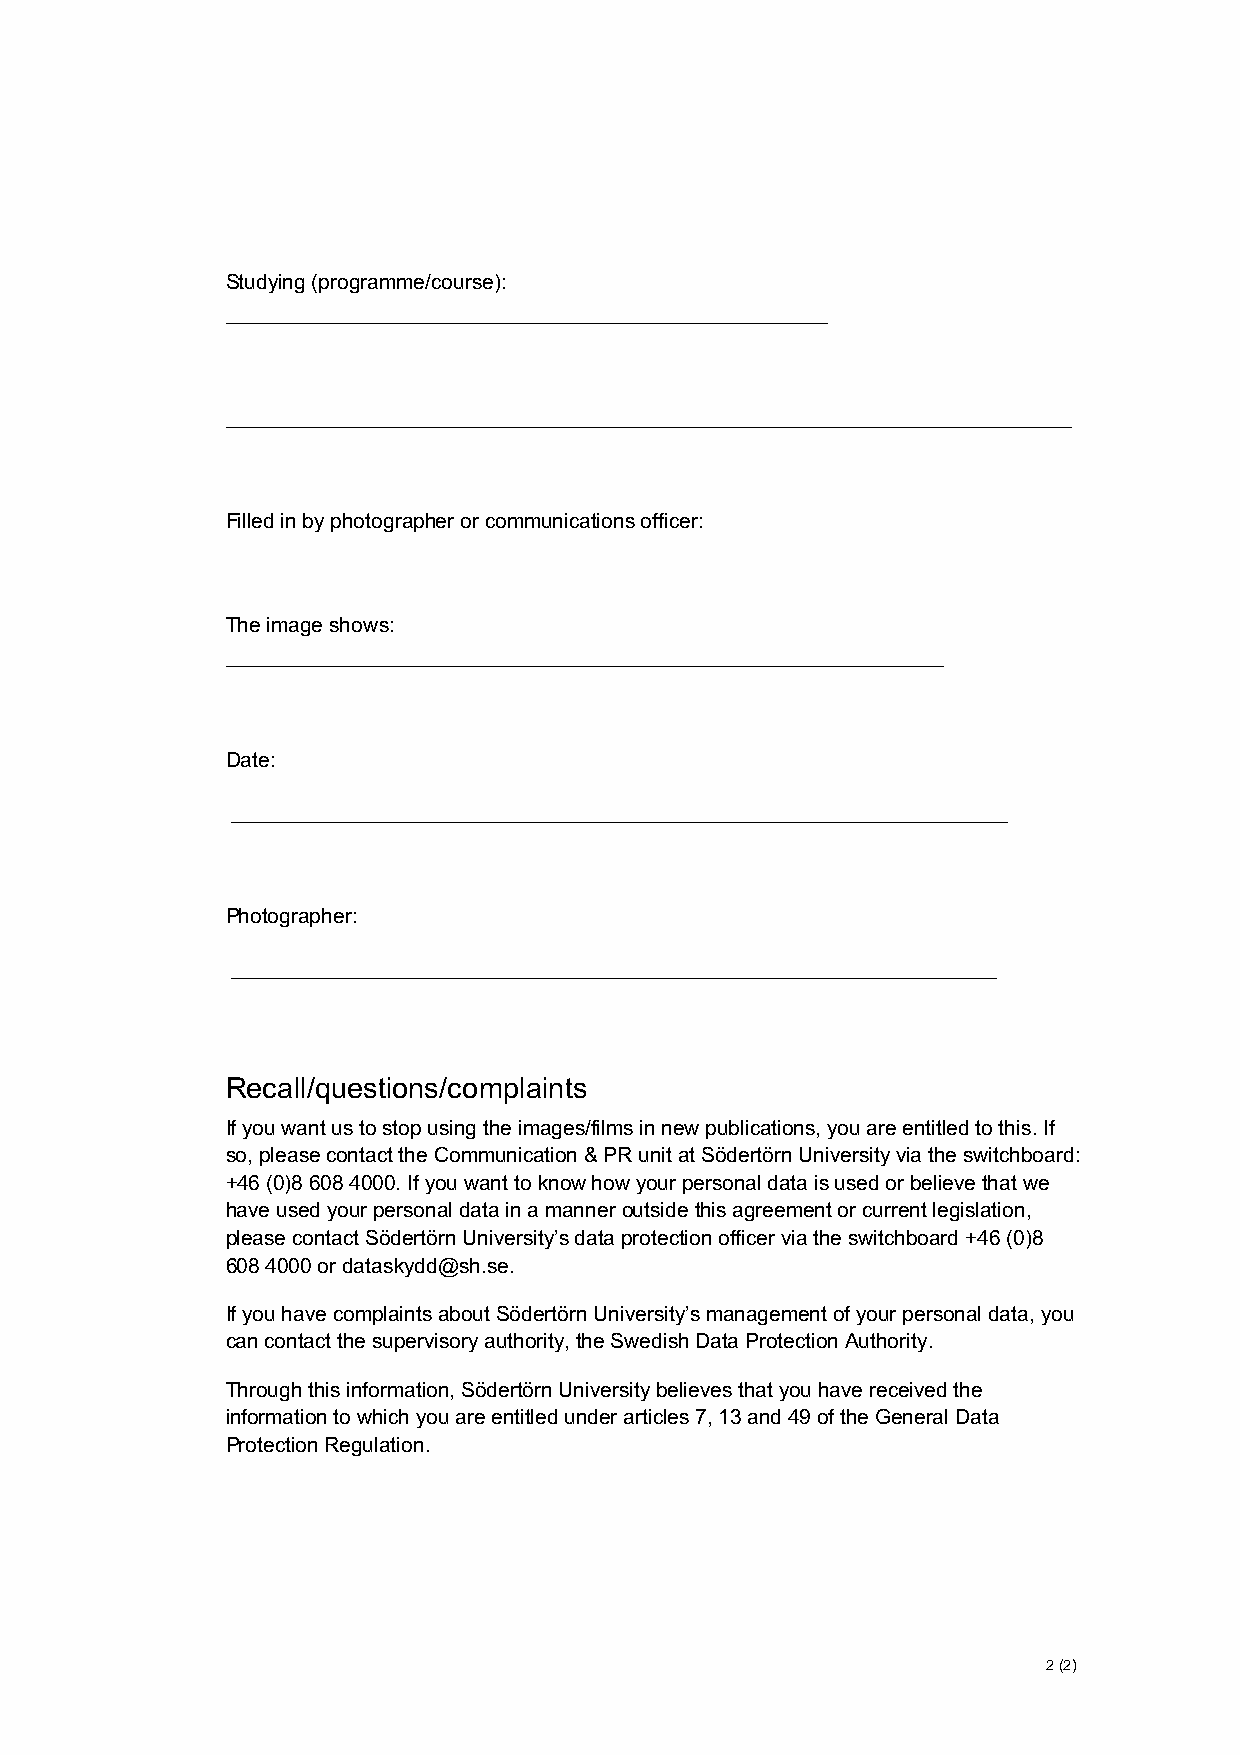
Studying (programme/course):
 ____________________________________________________
 _________________________________________________________________________
 Filled in by photographer or communications officer:
 The image shows:
 ______________________________________________________________
 Date:
 ___________________________________________________________________
 Photographer:
 __________________________________________________________________
 Recall/questions/complaints
 If you want us to stop using the images/films in new publications, you are entitled to this. If
 so, please contact the Communication & PR unit at Södertörn University via the switchboard:
 +46 (0)8 608 4000. If you want to know how your personal data is used or believe that we
 have used your personal data in a manner outside this agreement or current legislation,
 please contact Södertörn University’s data protection officer via the switchboard +46 (0)8
 608 4000 or dataskydd@sh.se.
 If you have complaints about Södertörn University’s management of your personal data, you
 can contact the supervisory authority, the Swedish Data Protection Authority.
 Through this information, Södertörn University believes that you have received the
 information to which you are entitled under articles 7, 13 and 49 of the General Data
 Protection Regulation.
 2 (2)